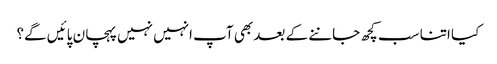
کیا اتنا سب کچھ جاننے کے بعد بھی آپ انہیں نہیں پہچان پائیں گے؟